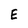
Character: E